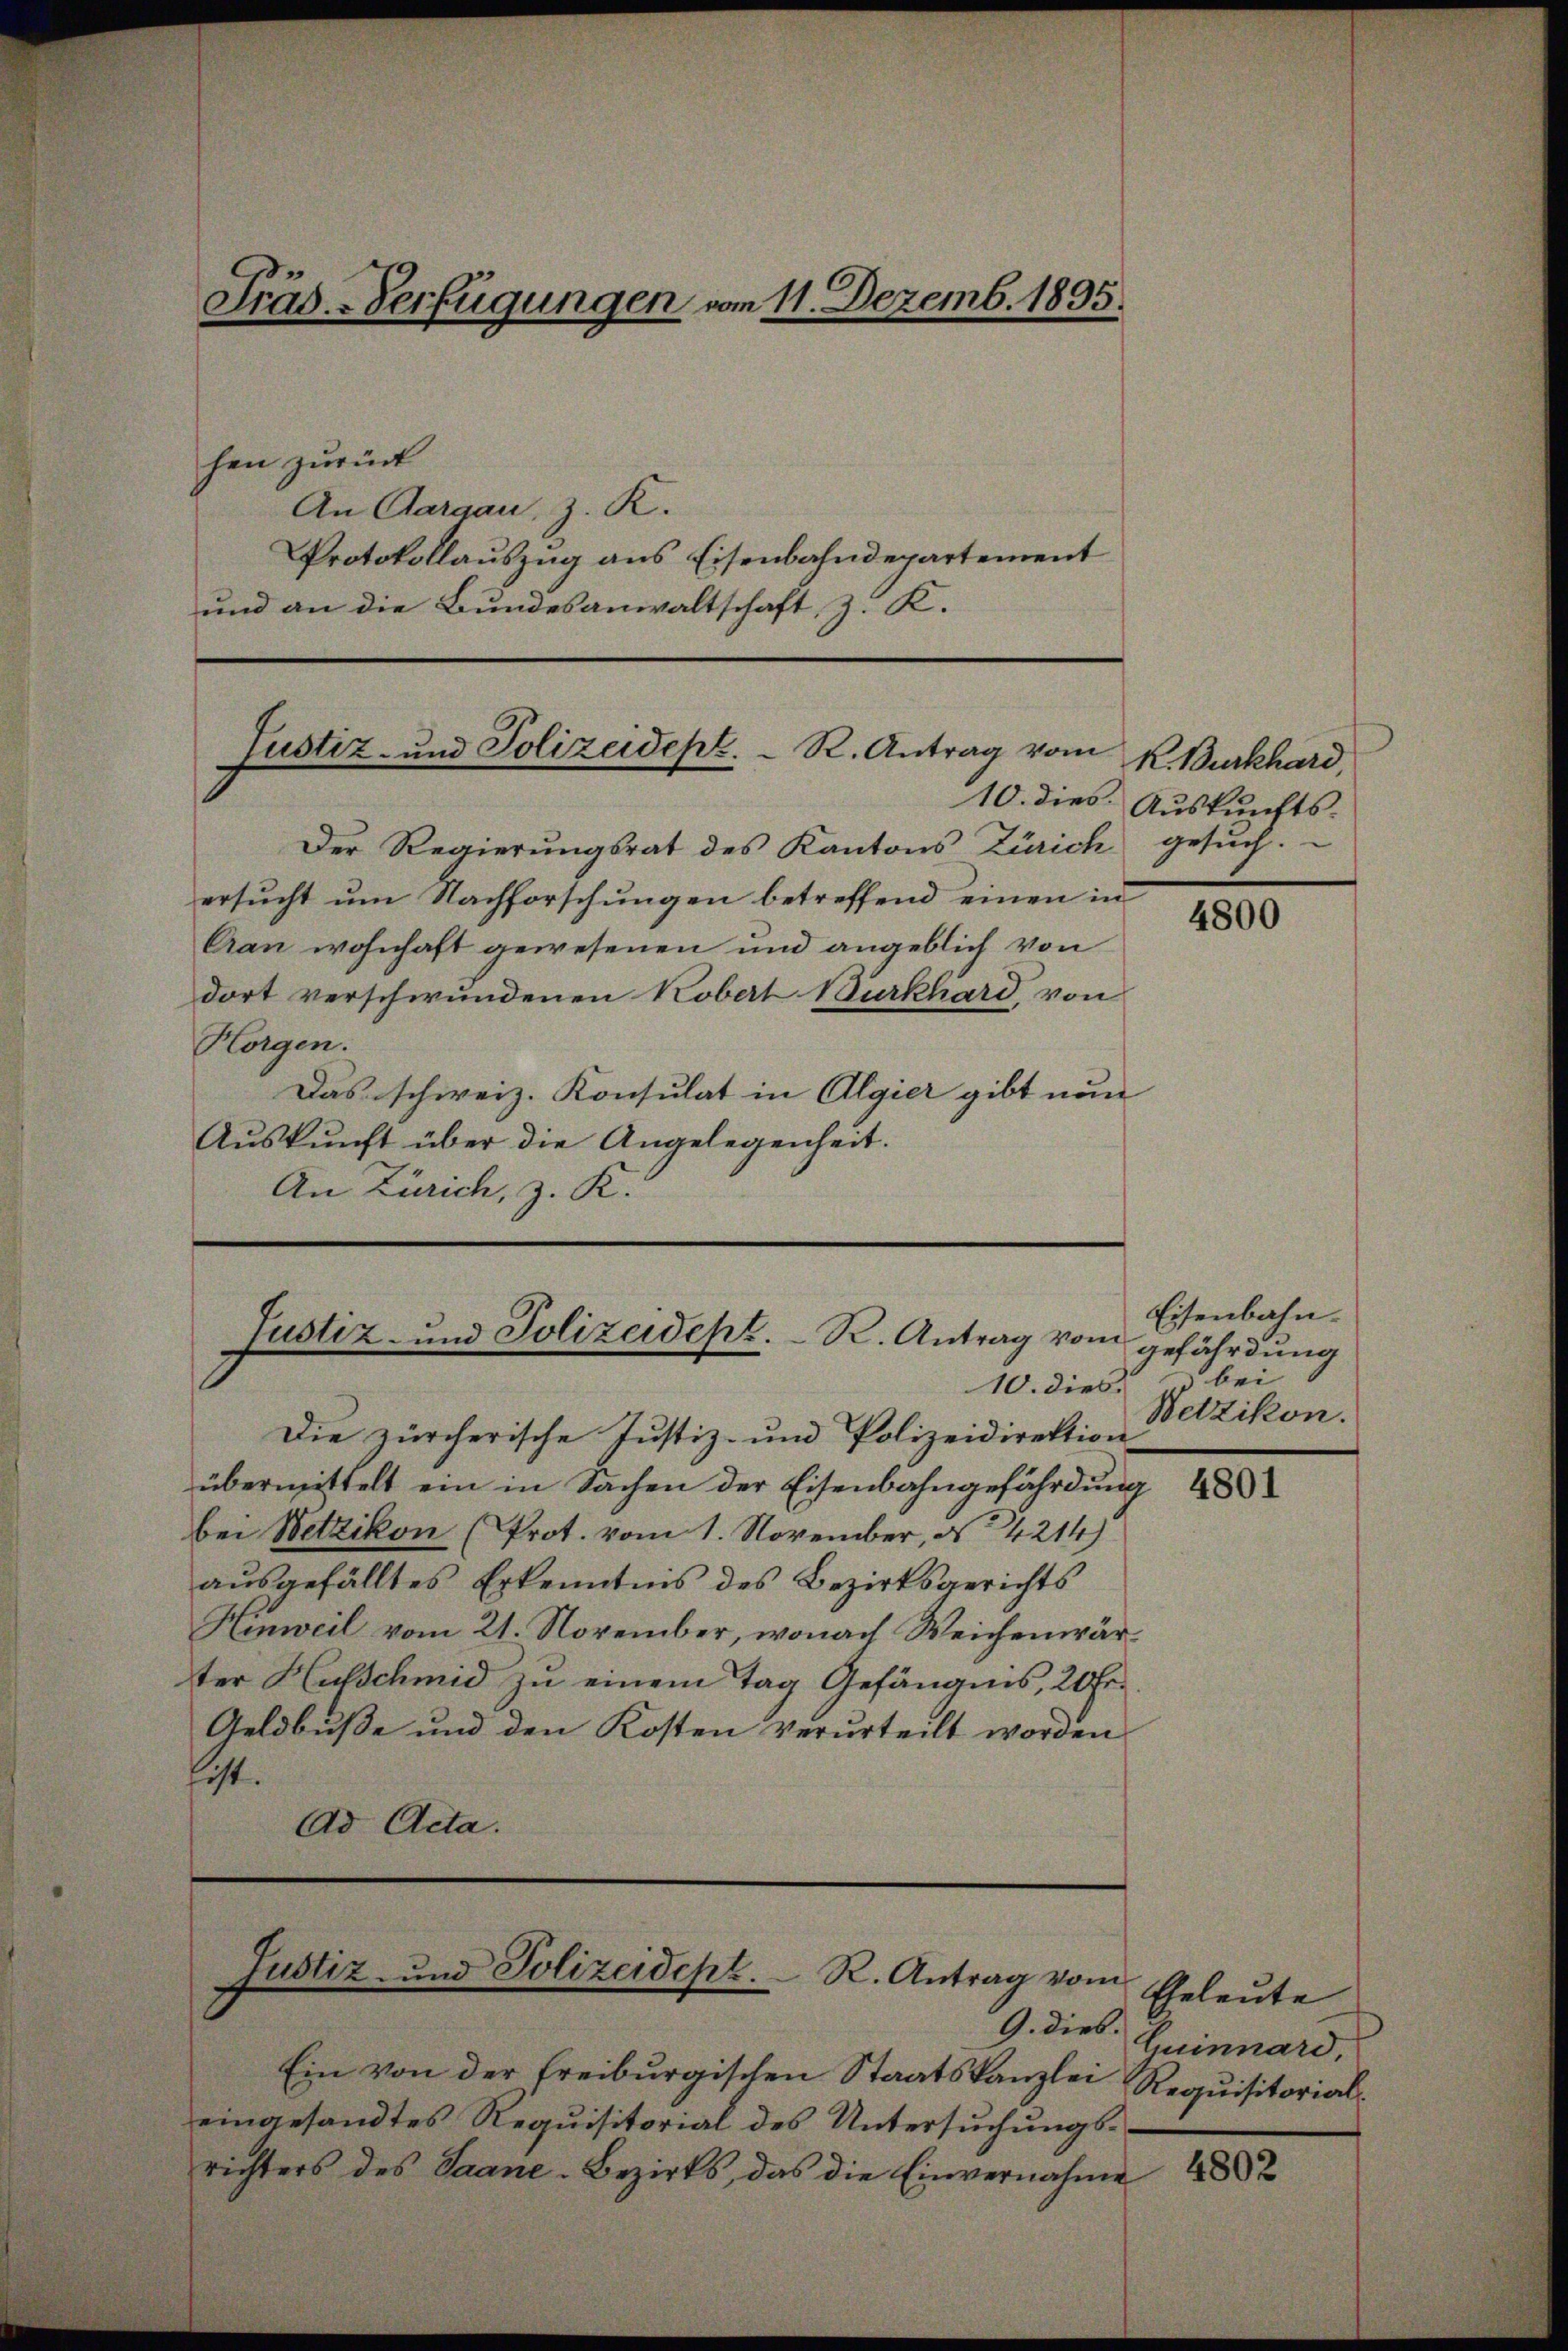
Fräd.-Verfügungen vom 11. Dezemb. 1895.

hen zurück
An Aargau, z. K.
Protokollauszug aus Eisenbahndepartement
und an die Bundesanwaltschaft, z. K.

Justiz- und Polizeidept. R. Antrag vom
10. dies

Der Regierŭngsrat des Kantons Zürich gesŭch.
ersucht um Nachforschungen betreffend einen in
Can wohnhaft gewesenen und angeblich von
dort verschwundenen Kobert Burkhard, von
Horgen.
Das schweiz. Konsulat in Algier gibt nun
Aŭskŭnft über die Angelegenheit.
An Zürich, z. K.

Justiz- und Polizeidept. R. Antrag vom
10. dies & bei

Die zürcherische Justiz- und Polizeidirektion
übermittelt ein in Sachen der Eisenbahngefährdung 48
bei Wetzikon (Prot. vom 1. November, § 4214)
aŭsgefälltes Erkenntnis des Bezirksgerichts
Hinweil vom 21. November, wonach Weichenwärter Hufschmid zu einem Tag Gefängnis, 20 Fr.
Geldbuße und den Kosten verurteilt worden
ist.
Ad Acta.

Justiz- und Polizeidept. R. Antrag vom

k. Burkhard
Auskunfts-

9. dies.
Ein von der Freiburgischen Staatskanzlei
eingesandtes Requisitorial des Untersuchungsrichters des Saane-Bezirks, das die Einvernahme

4800

Eisenbahn.
gefährdung
Wetzikon.

Eheleute
Guinnard,
Requisitorial¬

4802